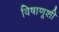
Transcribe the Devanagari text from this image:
विषाणूशी